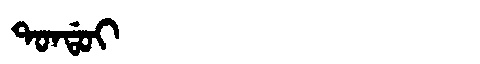
Manchu: ᡨᠣᠨᡩᠣᡳ
Romanization: TONDOI